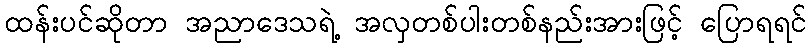
ထန်းပင်ဆိုတာ အညာဒေသရဲ့ အလှတစ်ပါးတစ်နည်းအားဖြင့် ပြောရရင်